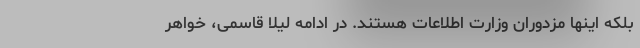
بلکه اینها مزدوران وزارت اطلاعات هستند. در ادامه لیلا قاسمی، خواهر